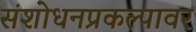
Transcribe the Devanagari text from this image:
संशोधनप्रकल्पावर